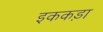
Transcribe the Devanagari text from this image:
इककड़ा